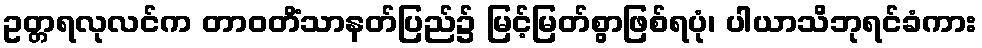
ဥတ္တရလုလင်က တာဝတိံသာနတ်ပြည်၌ မြင့်မြတ်စွာဖြစ်ရပုံ၊ ပါယာသိဘုရင်ခံကား